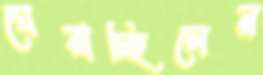
ঘেরাচ্ছিলেন